Vaccine operations Central Provinces 1900-1911 - 1900-1911
Year: 1900
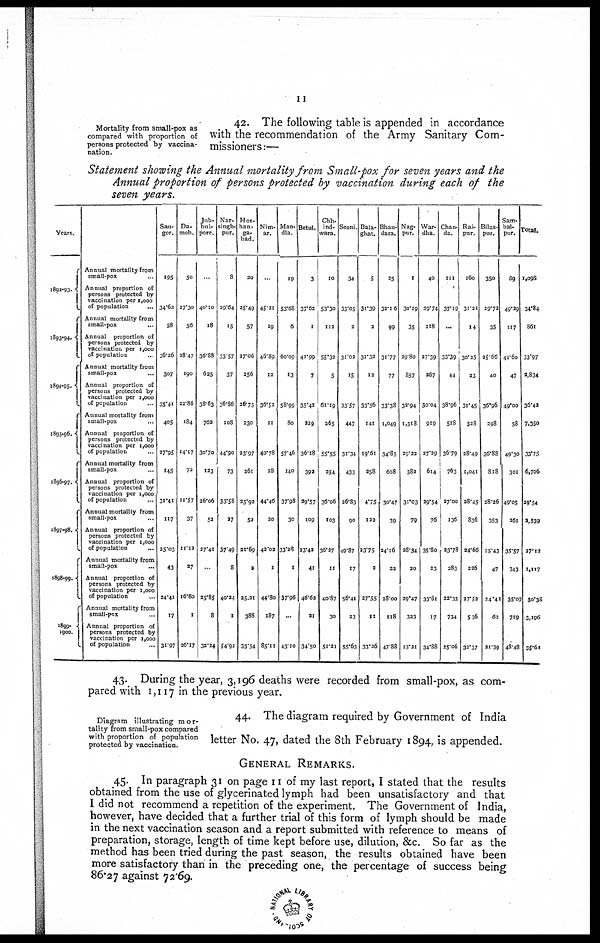
II
Mortality from small-pox as
compared with proportion of
persons protected by vaccina-
nation.
42. The following table is appended in accordance
with the recommendation of the Army Sanitary Com-
missioners :—
Statement showing the Annual mortality from Small-pox for seven years and the
Annual proportion of persons protected by vaccination during each of the
seven years.
Years.
1892-93.
1893-94.
1894-95.
1895-96.
1896-97.
1897-98.
1898-99.
1899-
1900.
Annual mortality from
small-pox
Annual proportion of
persons protected by
vaccination per 1,000
of population..
Annual mortality from
small-pox..
Annual proportion of
persons protected by
vaccination per 1,000
of population.
Annual mortality from
small-pox
Annual proportion of
persons protected by
vaccination per 1,000
of population
Annual mortality from
small-pox
Annual proportion of
persons protected by
vaccination per 1,000
of population
Annual mortality from
small-pox.
Annual proportion of
persons protected by
vaccination per 1,000
of population.
Annual mortality from
small-pox.
Annual proportion of
persons protected by
vaccination per 1,000
of population...
Annual mortality from
small-pox...
Annual proportion of
persons protected by
vaccination per 1,000
of population..
Annual mortality from
small-pox.
Annual proportion of
persons protected by
vaccination per 1,000
of population..
Sau-
gor.
195
34.62
58
36.26
307
35.41
405
27.95
145
31.41
117
25.03
43
34.41
17
31.97
Da-
moh.
50
27.30
56
28.47
190
22.86
184
14.17
72
11.57
37
11.12
27
16.80
1
26.17
Jub-
bul-
pore.
40.10
18
36.88
625
38.63
762
30.70
123
26.06
52
27.41
.
25.85
8
32.24
Nar-
singh-
pur.
8
29.64
15
33.57
37
36.86
108
44.90
73
33.58
27
37.49
8
40.24
1
54.92
Hos-
han-
ga-
bad.
20
25.49
57
27.06
256
26.75
230
23.97
261
25.92
52
21.69
3
25.21
388
33.54
Nim-
ar.
45.21
19
46.89
12
36.52
11
40.78
28
44.46
20
42.02
1
44.80
187
85.11
Man-
dla.
19
53.68
6
60.09
13
58.99
80
57.46
140
37.98
30
33.28
1
37.96
...
43.10
Betul.
3
37.62
1
41.99
7
35.42
229
36.l8
392
29.57
109
23.43
41
46.62
21
34.50
Chh-
ind-
wara.
10
53.30
112
55.33
5
61.19
265
55.55
354
36.06
103
36.37
11
40.87
30
51.21
Seoni
34
33.05
2
31.02
15
33.57
447
31.34
433
26.83
90
49.87
17
56.41
23
55.63
Bala-
ghat.
5
31.39
2
31.32
12
33.56
141
19.61
258
4.75
122
23.75
2
27.55
11
33.36
Bhan-
dara.
35
32.16
99
31.77
77
33.38
1,049
34.85
608
30.47
39
24.16
32
28.00
118
47.88
Nag-
pur.
1
30.19
35
29.80
857
32.94
1,318
29.22
381
31.03
79
38.34
20
29.47
323
15.21
War-
dha.
40
29.74
218
27.39
267
30.04
919
27.29
614
29.54
76
35.80
23
33.61
17
34.88
Chan-
da
111
37.19
...
33.39
44
38.96
518
36.79
763
27.00
136
23.78
283
22.33
734
25.06
Rai-
pur.
160
31.21
14
30.25
23
31.45
328
28.49
1,041
28.45
336
34.66
226
27.52
5.36
32.37
Bilas-
pur.
350
29.72
35
25.66
40
36.96
298
36.88
818
28.26
353
15.43
47
34.41
62
21.39
Sam-
bal-
pur.
39
49.29
117
41.60
47
49.00
58
49.30
301
49.05
261
35.57
343
35.07
719
48.48
1,098
34.84
861
33.97
2,834
36.42
7,350
33.75
6,706
29.54
2,539
27.12
1,117
30.38
3,196
35.61
43. During the year, 3,196 deaths were recorded from small-pox, as com-
pared with 1,117 in the previous year.
Diagram illustrating mor-
tality from small-pox compared
with proportion of population
protected by vaccination.
44. The diagram required by Government of India
letter No. 47, dated the 8th February 1894, is appended.
GENERAL REMARKS.
45. In paragraph 31 on page 11 of my last report, I stated that the results
obtained from the use of glycerinated lymph had been unsatisfactory and that
I did not recommend a repetition of the experiment. The Government of India,
however, have decided that a further trial of this form of lymph should be made
in the next vaccination season and a report submitted with reference to means of
preparation, storage, length of time kept before use, dilution, &c. So far as the
method has been tried during the past season, the results obtained have been
more satisfactory than in the preceding one, the percentage of success being
86.27 against 72.69.